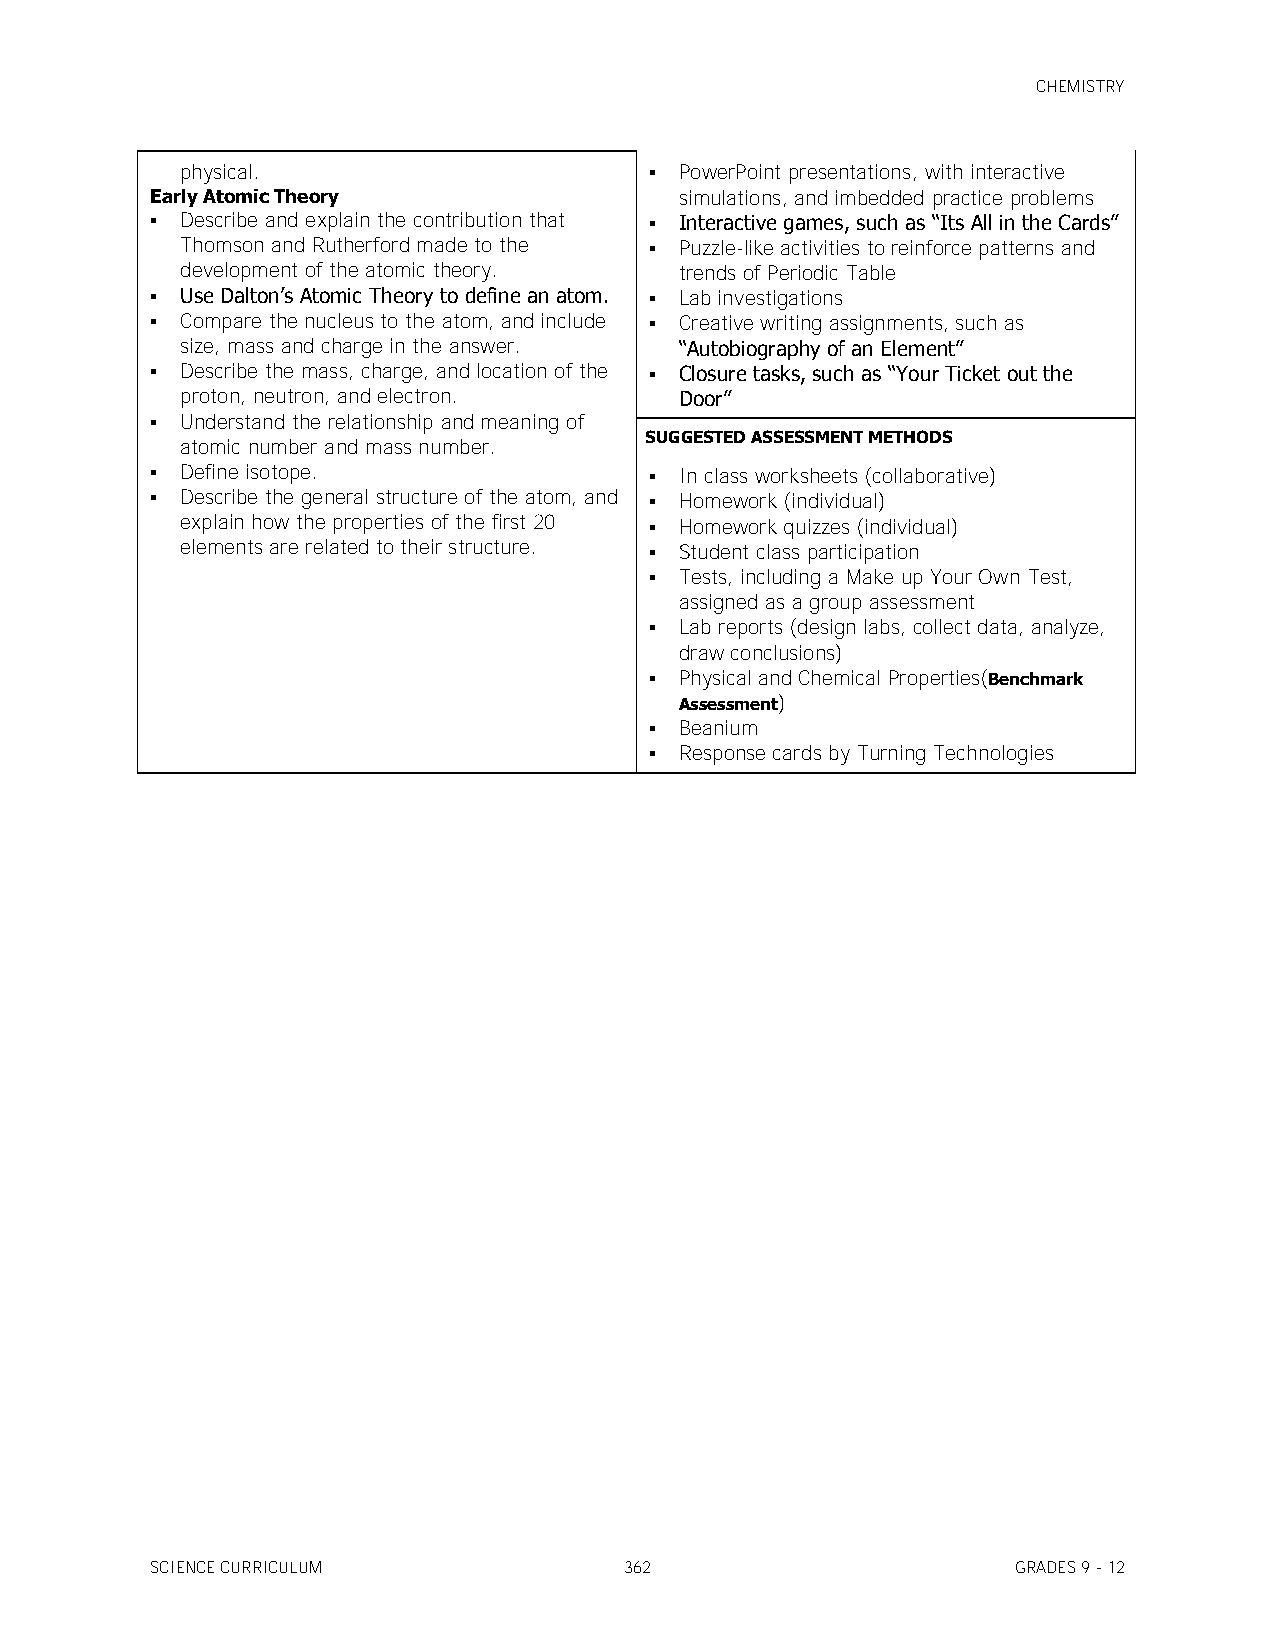
CHEMISTRY
 physical.                       PowerPoint presentations, with interactive
 Early Atomic Theory                simulations, and imbedded practice problems
  Describe and explain the contribution that  Interactive games, such as ―Its All in the Cards‖
 Thomson and Rutherford made to the  Puzzle-like activities to reinforce patterns and
 development of the atomic theory. trends of Periodic Table
  Use Dalton’s Atomic Theory to define an atom.  Lab investigations
  Compare the nucleus to the atom, and include  Creative writing assignments, such as
 size, mass and charge in the answer. ―Autobiography of an Element‖
  Describe the mass, charge, and location of the  Closure tasks, such as ―Your Ticket out the
 proton, neutron, and electron.   Door‖
  Understand the relationship and meaning of
 SUGGESTED ASSESSMENT METHODS
 atomic number and mass number.
  Define isotope.                 In class worksheets (collaborative)
  Describe the general structure of the atom, and  Homework (individual)
 explain how the properties of the first 20  Homework quizzes (individual)
 elements are related to their structure.  Student class participation
  Tests, including a Make up Your Own Test,
 assigned as a group assessment
  Lab reports (design labs, collect data, analyze,
 draw conclusions)
  Physical and Chemical Properties(Benchmark
 Assessment)
  Beanium
  Response cards by Turning Technologies
 SCIENCE CURRICULUM             362                       GRADES 9 - 12